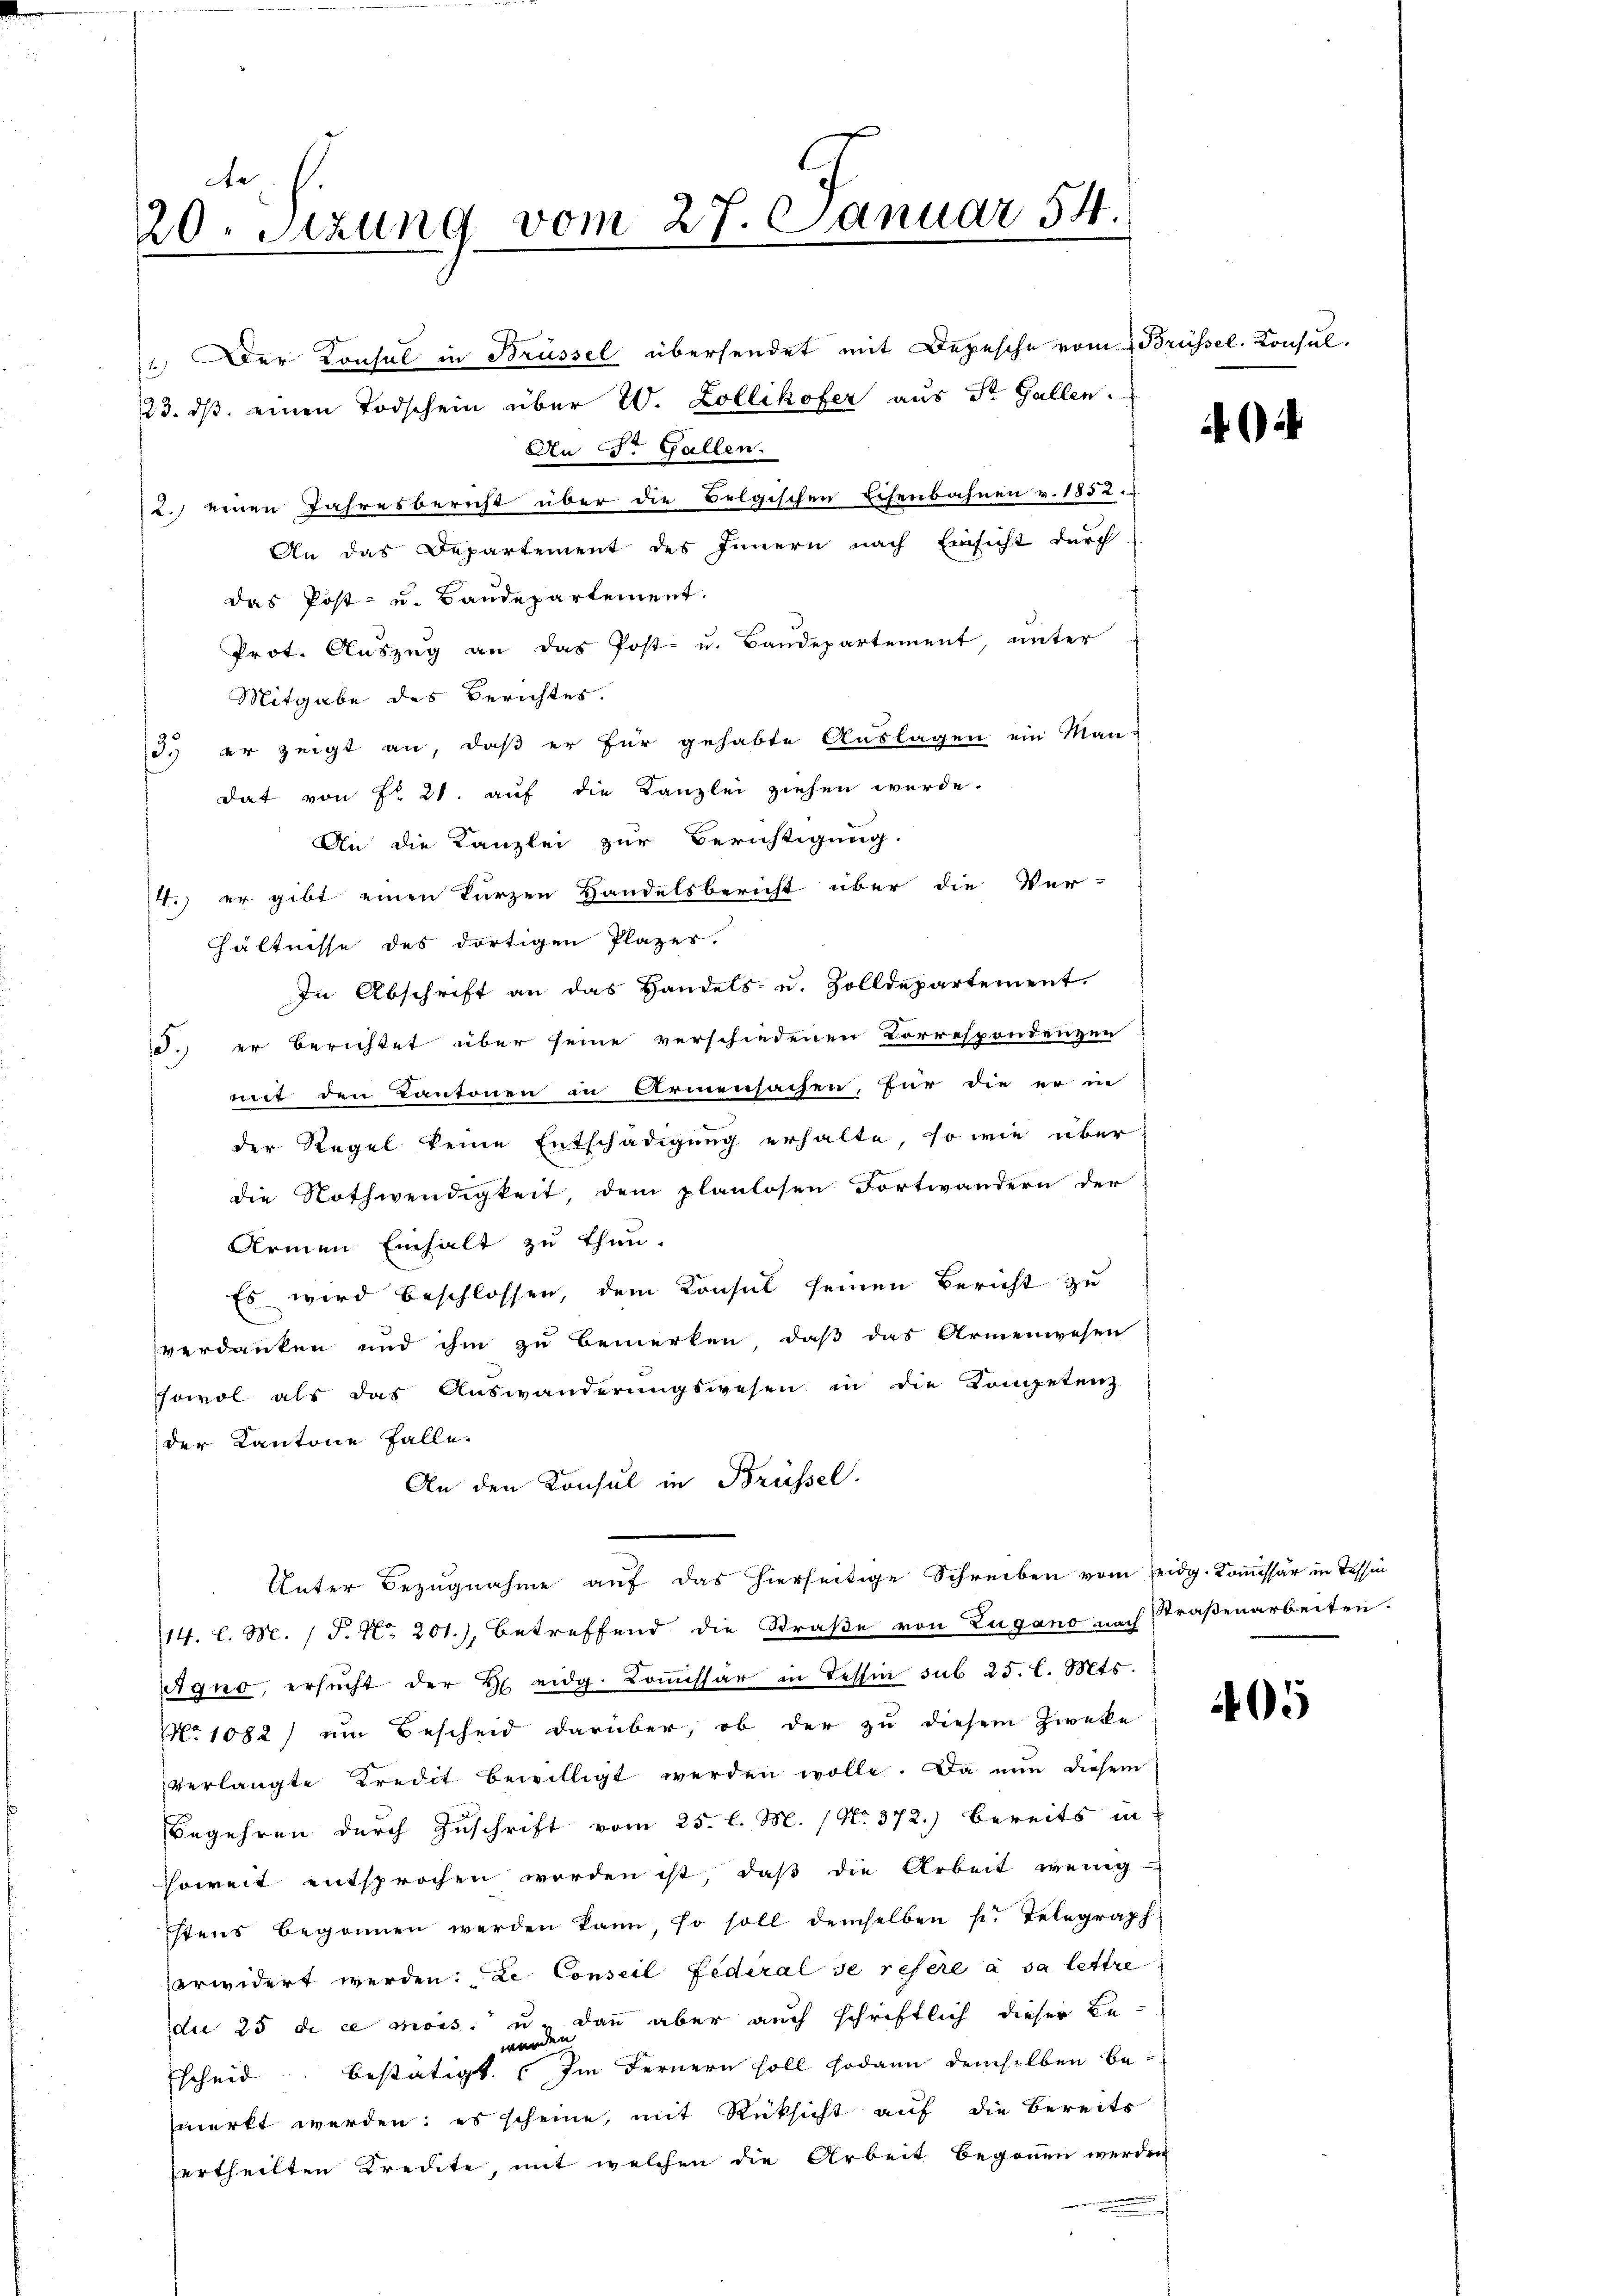
e
20. Setzung vom 27. Januar 54.

1.) Der Konsul in Brüssel übersendet mit Depesche vom 1 Brüssel. Konsul
23. dβ einen Todschein über W. Zollikofer aus St. Gallen.
An Dr. Gallen.
2.) einen Jahresbericht über die Belgischen Eisenbahnen v. 1852.
An das Departement des Innern nach Einsicht durch
das Post- u. Baudepartement.
Prot. Auszug an das Post- u. Bandepartement, unter
Mitgabe des Berichtes.
3. er zeigt an, daß er für gehabte Auslagen ein Man-
dat von Fr. 21. auf die Kanzlei ziehen werde.
An die Kanzlei zur Berichtigung.
4.) er gibt einen kurzen Handelsbericht über die Ver-
hältnisse des dortigen Plazes.
In Abschrift an das Handels- u. Zolldepartement.
J. er berichtet über seine verschiedenen Correspondenzen
mit den Kantonen in Armensachen, für die er ne
der Regel keine Entschädigung erhalte, so wie überdie Nothwendigkeit, dem planlosen Fortwändern der
Armen Einhalt zu thun.
Es wird beschlossen, dem Konsul seinen Bericht zu
verdanken und ihm zu bemerken, daß das Armenwesen
sowol als das Auswanderungswesen in die Kompetenz
der Kantone falle.
An den Konsul in Brüssel.
Unter Bezugnahme auf das hierseitige Schreiben vom eidg. Kommissär in Tessin
14. l. M. / P. Nr. 201.), betreffend die Straße von Zugano nach Straßenarbeiten.
Agno, ersŭcht der H. eidg. Koṁissär in Tessin sub 25. l. Mts.
No 1082) ein Bescheid darüber, ob der zu diesem Zweke
verlangte Kredit bewilligt werden wolle. Da nun diesem
Begehren durch Zuschrift vom 25. l. M. / No. 372.) bereits in
soweit entsprochen worden ist, daß die Arbeit wenig-
stens begonnen werden kann so soll demselben p. Telegraph
erwidert werden. Le Conseil Federal se resere à sa lettre
die 25 de ce mois. u. dann aber auch schriftlich dieser Be-
scheid bestätigt. Im Fernern soll sodann demselben bemerkt werden; es scheine, mit Rücksicht auf die Bereits
ertheilten Kredite, mit welchen die Arbeit begonnen werden
u

405